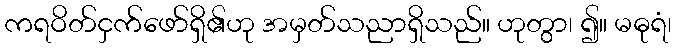
ကရဝိတ်ငှက်ဖော်ရှိ၏ဟု အမှတ်သညာရှိသည်။ ဟုတွာ၊ ၍။ မဓုရံ၊